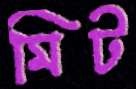
মিট